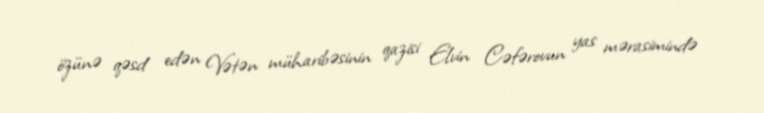
özünə qəsd edən Vətən müharibəsinin qazisi Elvin Cəfərovun yas mərasimində